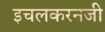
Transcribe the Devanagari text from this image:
इचलकरनजी